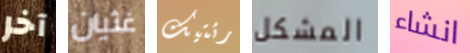
آخر غثيان رئتيك المشكل انشاء